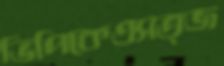
ভিপিকেএসত্জ